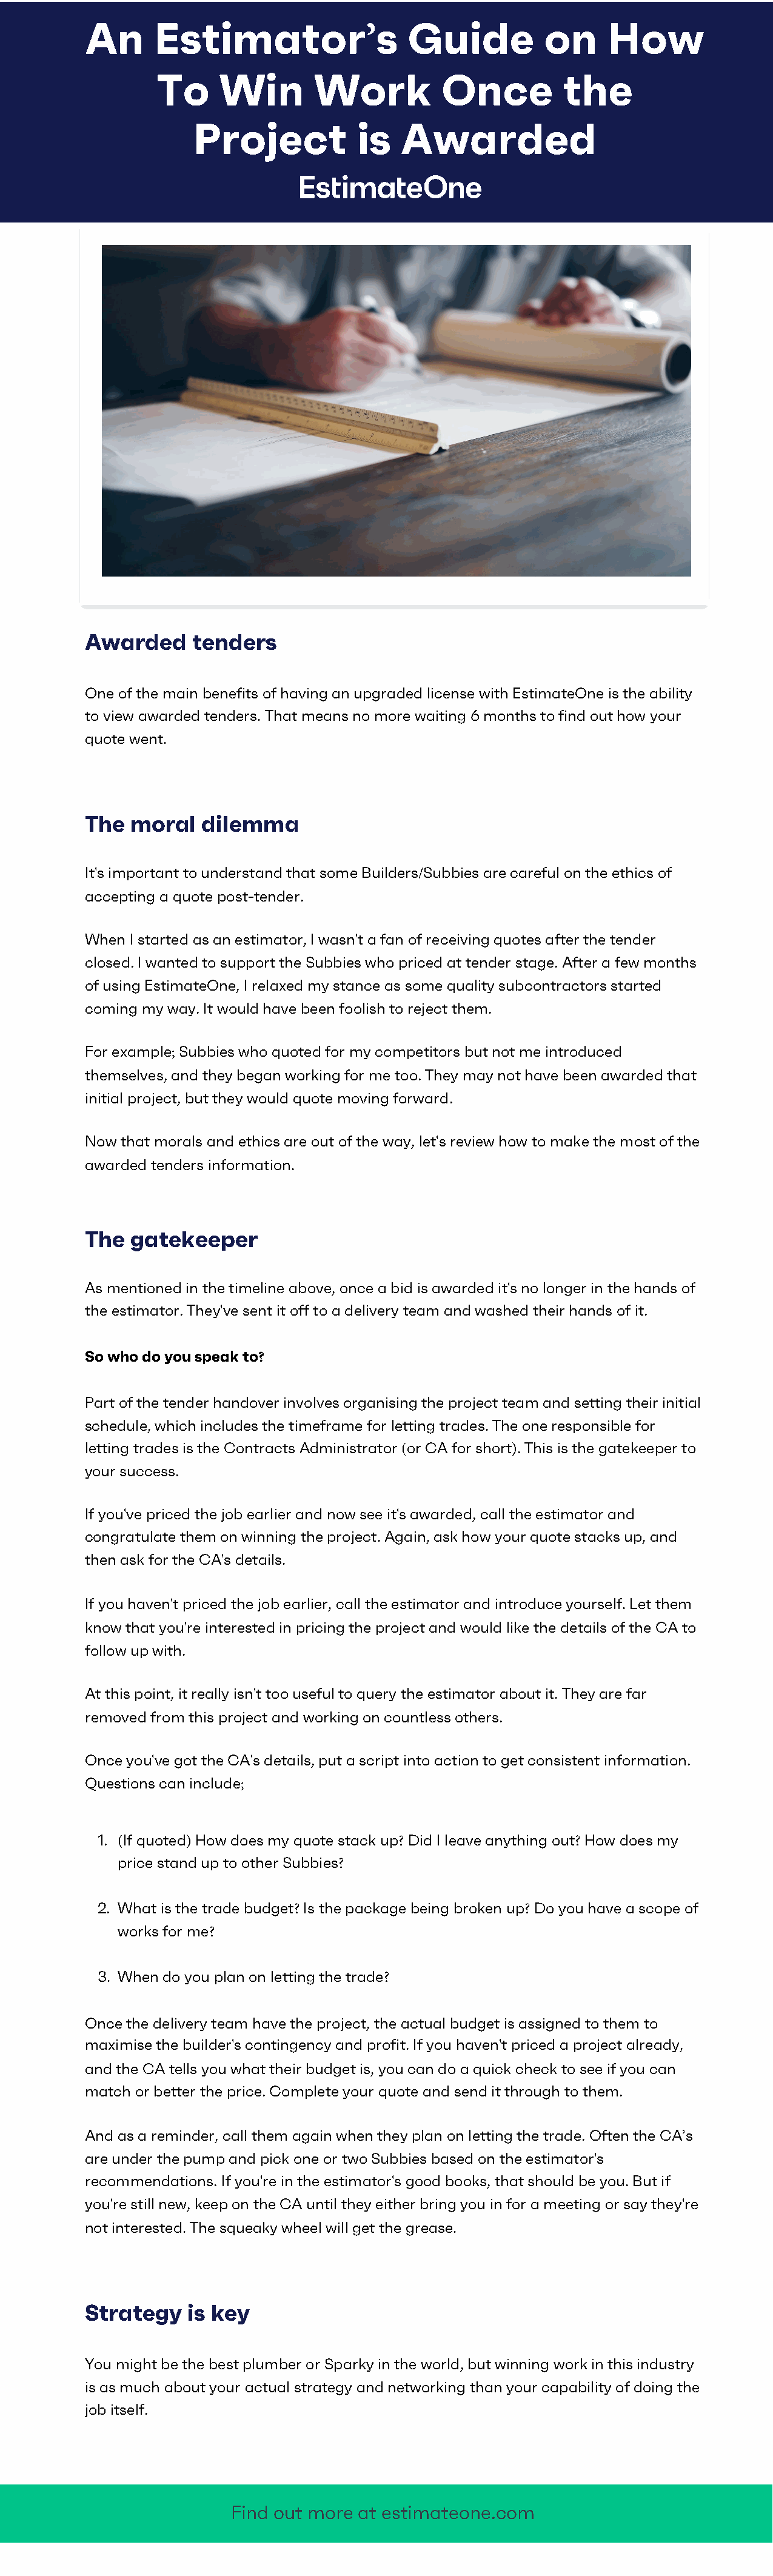
An      Estimator               s   Guide         on     How
 ’
 To     Win       Work          Once         the
 Project           is   Awarded
 Awarded     tenders
 One of the main benefits of having an upgraded license with EstimateOne is the ability
 to view awarded tenders. That means no more waiting 6 months to find out how your
 quote went.
 The  moral   dilemma
 It's important to understand that some Builders/Subbies are careful on the ethics of
 accepting a quote post-tender.
 When I started as an estimator, I wasn't a fan of receiving quotes after the tender
 closed. I wanted to support the Subbies who priced at tender stage. After a few months
 of using EstimateOne, I relaxed my stance as some quality subcontractors started
 coming my way. It would have been foolish to reject them.
 For example; Subbies who quoted for my competitors but not me introduced
 themselves, and they began working for me too. They may not have been awarded that
 initial project, but they would quote moving forward.
 Now that morals and ethics are out of the way, let's review how to make the most of the
 awarded tenders information.
 The  gatekeeper
 As mentioned in the timeline above, once a bid is awarded it's no longer in the hands of
 the estimator. They've sent it off to a delivery team and washed their hands of it.
 So who do you speak to?
 Part of the tender handover involves organising the project team and setting their initial
 schedule, which includes the timeframe for letting trades. The one responsible for
 letting trades is the Contracts Administrator (or CA for short). This is the gatekeeper to
 your success.
 If you've priced the job earlier and now see it's awarded, call the estimator and
 congratulate them on winning the project. Again, ask how your quote stacks up, and
 then ask for the CA's details.
 If you haven't priced the job earlier, call the estimator and introduce yourself. Let them
 know that you're interested in pricing the project and would like the details of the CA to
 follow up with.
 At this point, it really isn't too useful to query the estimator about it. They are far
 removed from this project and working on countless others.
 Once you've got the CA's details, put a script into action to get consistent information.
 Questions can include;
 1. (If quoted) How does my quote stack up? Did I leave anything out? How does my
 price stand up to other Subbies?
 2. What is the trade budget? Is the package being broken up? Do you have a scope of
 works for me?
 3. When do you plan on letting the trade?
 Once the delivery team have the project, the actual budget is assigned to them to
 maximise the builder's contingency and profit. If you haven't priced a project already,
 and the CA tells you what their budget is, you can do a quick check to see if you can
 match or better the price. Complete your quote and send it through to them.
 And as a reminder, call them again when they plan on letting the trade. Often the CA’s
 are under the pump and pick one or two Subbies based on the estimator's
 recommendations. If you're in the estimator's good books, that should be you. But if
 you're still new, keep on the CA until they either bring you in for a meeting or say they're
 not interested. The squeaky wheel will get the grease.
 Strategy    is key
 You might be the best plumber or Sparky in the world, but winning work in this industry
 is as much about your actual strategy and networking than your capability of doing the
 job itself.
 Find out more at estimateone.com